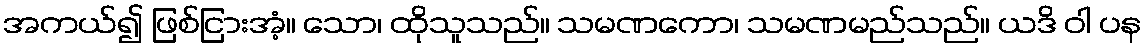
အကယ်၍ ဖြစ်ငြားအံ့။ သော၊ ထိုသူသည်။ သမဏကော၊ သမဏမည်သည်။ ယဒိ ဝါ ပန